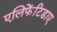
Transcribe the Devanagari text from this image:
एलिफेंटिडाए